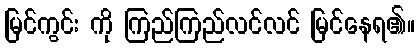
မြင်ကွင်း ကို ကြည်ကြည်လင်လင် မြင်နေရ၏။